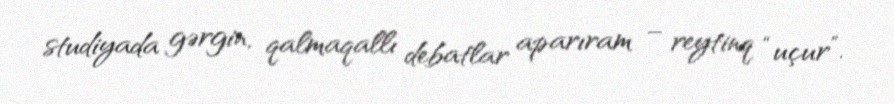
studiyada gərgin, qalmaqallı debatlar aparıram – reytinq “uçur”.